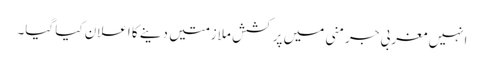
انہیں مغربی جرمنی میں پرکشش ملازمتیں دینے کا اعلان کیا گیا۔